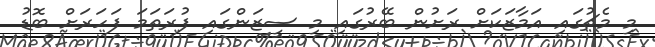
މި މެޗުގައި އަމާޒަކަށް ރަށުން ބޭރުގައި މި ސީޒަންގައި ފުރަތަމަ ފަހަރަށް ބޮޑު